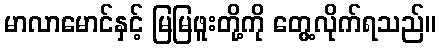
မာလာမောင်နှင့် မြမြဖူးတို့ကို တွေ့လိုက်ရသည်။